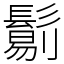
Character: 𩮜